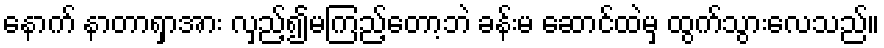
နောက် နာတာရှာအား လှည့်၍မကြည့်တော့ဘဲ ခန်းမ ဆောင်ထဲမှ ထွက်သွားလေသည်။